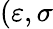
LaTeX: (\varepsilon,\sigma